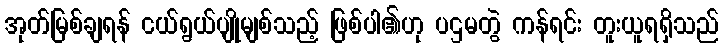
အုတ်မြစ်ချရန် ငယ်ရွယ်ပျိုမျစ်သည့် ဖြစ်ပါ၏ဟု ပဌမတွဲ ကန်ရင်း တူးယူရရှိသည်